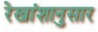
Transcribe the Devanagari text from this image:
रेखांशानुसार